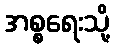
အစ္စရေးသို့